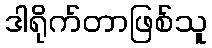
ဒါရိုက်တာဖြစ်သူ